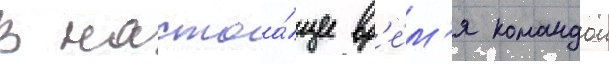
В настоа́щее вр'е́м'я командои